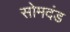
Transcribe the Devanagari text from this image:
सोमदंड